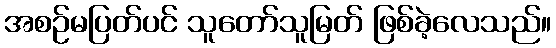
အစဉ်မပြတ်ပင် သူတော်သူမြတ် ဖြစ်ခဲ့လေသည်။